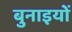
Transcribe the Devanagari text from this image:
बुनाइयों